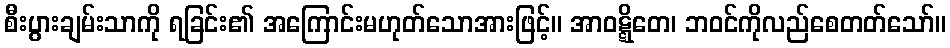
စီးပွားချမ်းသာကို ရခြင်း၏ အကြောင်းမဟုတ်သောအားဖြင့်။ အာဝဋ္ဋိတေ၊ ဘဝင်ကိုလည်စေတတ်သော်။